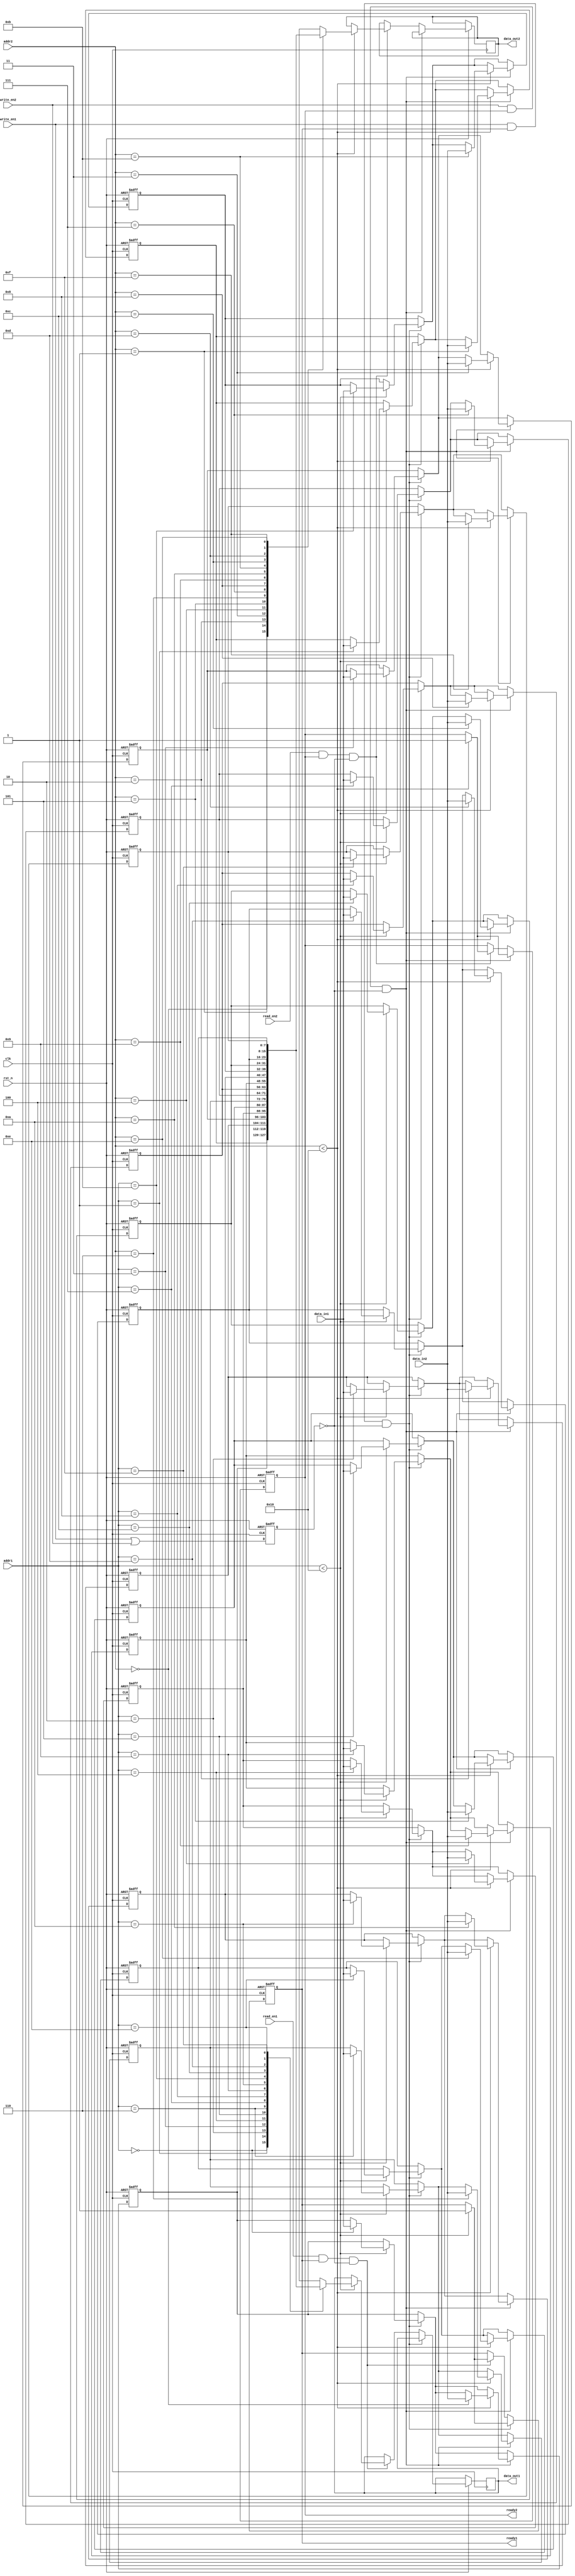
module shared_memory #(
    parameter DATA_WIDTH = 8,      // Width of the data bus
    parameter ADDR_WIDTH = 4,      // Width of the address bus
    parameter MEM_DEPTH = 16        // Depth of the memory
)(
    input wire clk,                 // Clock signal
    input wire rst_n,               // Asynchronous reset (active low)
    
    // I/O Block 1
    input wire [ADDR_WIDTH-1:0] addr1,
    input wire [DATA_WIDTH-1:0] data_in1,
    input wire read_en1,
    input wire write_en1,
    output reg [DATA_WIDTH-1:0] data_out1,
    output reg ready1,
    
    // I/O Block 2
    input wire [ADDR_WIDTH-1:0] addr2,
    input wire [DATA_WIDTH-1:0] data_in2,
    input wire read_en2,
    input wire write_en2,
    output reg [DATA_WIDTH-1:0] data_out2,
    output reg ready2
);

    // Memory array
    reg [DATA_WIDTH-1:0] memory [0:MEM_DEPTH-1];
    
    // Status flags
    reg busy;
    
    // Error handling
    reg error_flag1, error_flag2;

    // Initialization
    integer i;
    always @(posedge clk or negedge rst_n) begin
        if (!rst_n) begin
            // Initialize memory to zero
            for (i = 0; i < MEM_DEPTH; i = i + 1) begin
                memory[i] <= {DATA_WIDTH{1'b0}};
            end
            ready1 <= 1'b1;
            ready2 <= 1'b1;
            busy <= 1'b0;
            error_flag1 <= 1'b0;
            error_flag2 <= 1'b0;
        end else begin
            // Reset error flags
            error_flag1 <= 1'b0;
            error_flag2 <= 1'b0;
            
            // Handle read/write for I/O Block 1
            if (write_en1 && ready1 && !busy) begin
                if (addr1 < MEM_DEPTH) begin
                    memory[addr1] <= data_in1;
                    ready1 <= 1'b1; // Operation complete
                end else begin
                    error_flag1 <= 1'b1; // Out of bounds error
                end
            end else if (read_en1 && ready1 && !busy) begin
                if (addr1 < MEM_DEPTH) begin
                    data_out1 <= memory[addr1];
                    ready1 <= 1'b1; // Operation complete
                end else begin
                    error_flag1 <= 1'b1; // Out of bounds error
                end
            end
            
            // Handle read/write for I/O Block 2
            if (write_en2 && ready2 && !busy) begin
                if (addr2 < MEM_DEPTH) begin
                    memory[addr2] <= data_in2;
                    ready2 <= 1'b1; // Operation complete
                end else begin
                    error_flag2 <= 1'b1; // Out of bounds error
                end
            end else if (read_en2 && ready2 && !busy) begin
                if (addr2 < MEM_DEPTH) begin
                    data_out2 <= memory[addr2];
                    ready2 <= 1'b1; // Operation complete
                end else begin
                    error_flag2 <= 1'b1; // Out of bounds error
                end
            end
            
            // Set busy flag if any write operation is in progress
            busy <= (write_en1 || write_en2);
        end
    end

endmodule